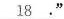
\underline{18}."